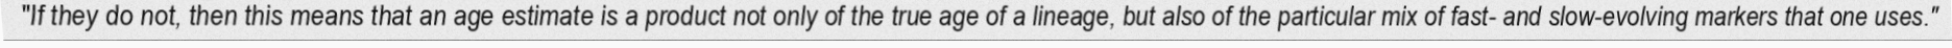
"If they do not, then this means that an age estimate is a product not only of the true age of a lineage, but also of the particular mix of fast- and slow-evolving markers that one uses."